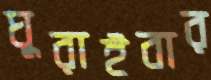
ঘুরাইবার